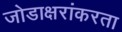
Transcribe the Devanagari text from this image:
जोडाक्षरांकरता